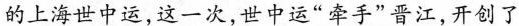
的上海世中运，这一次，世中运”牵手”晋江，开创了